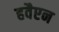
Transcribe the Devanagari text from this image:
हवैएन